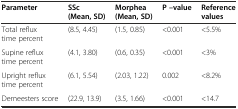
| Parameter | SSc (Mean, SD) | Morphea (Mean, SD) | P –value | Reference values |
 | --- | --- | --- | --- | --- |
 | Total reflux time percent | (8.5, 4.45) | (1.5, 0.85) | <0.001 | <5.5% |
 | Supine reflux time percent | (4.1, 3.80) | (0.6, 0.35) | <0.001 | <3% |
 | Upright reflux time percent | (6.1, 5.54) | (2.03, 1.22) | 0.002 | <8.2% |
 | Demeesters score | (22.9, 13.9) | (3.5, 1.66) | <0.001 | <14.7 |